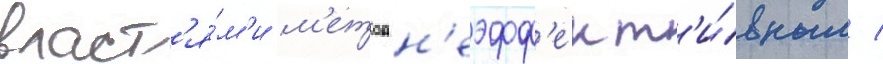
власт'я́м'и м'етод н'еэфф'ект'и́вным /